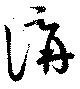
講